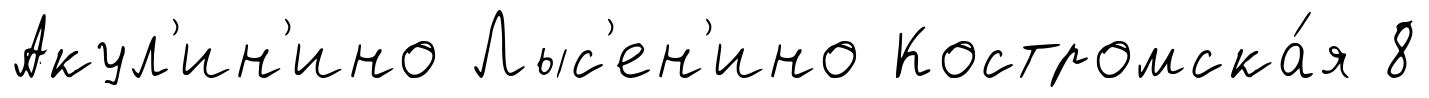
Акул'ин'ино Лыс'ен'ино Костромска́я 8